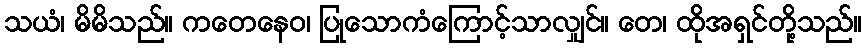
သယံ၊ မိမိသည်။ ကတေနေဝ၊ ပြုသောကံကြောင့်သာလျှင်။ တေ၊ ထိုအရှင်တို့သည်။